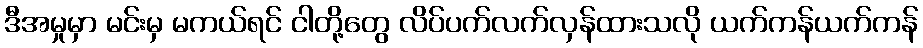
ဒီအမှုမှာ မင်းမှ မကယ်ရင် ငါတို့တွေ လိပ်ပက်လက်လှန်ထားသလို ယက်ကန်ယက်ကန်